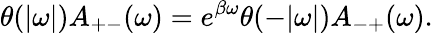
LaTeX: \theta(|\omega|)A_{+-}(\omega)=e^{\beta\omega}\theta(-|\omega|)A_{-+}(\omega).